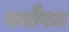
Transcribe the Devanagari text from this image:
वनौषध